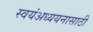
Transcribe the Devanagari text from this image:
स्वयंअध्ययनासाठी